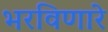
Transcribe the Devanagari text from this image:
भरविणारे